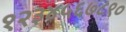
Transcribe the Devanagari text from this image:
१२३४५६७८९०